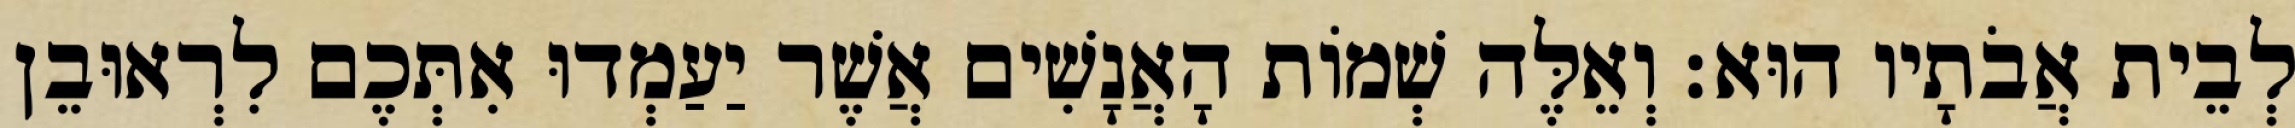
לְבֵית אֲבֹתָיו הוּא׃ וְאֵלֶּה שְׁמוֹת הָאֲנָשִׁים אֲשֶׁר יַעַמְדוּ אִתְּכֶם לִרְאוּבֵן